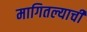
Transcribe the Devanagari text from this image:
मागितल्याची